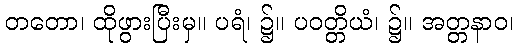
တတော၊ ထိုဖွားပြီးမှ။ ပရံ၊ ၌။ ပဝတ္တိယံ၊ ၌။ အတ္တနာဝ၊